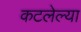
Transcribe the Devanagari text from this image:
कटलेल्या